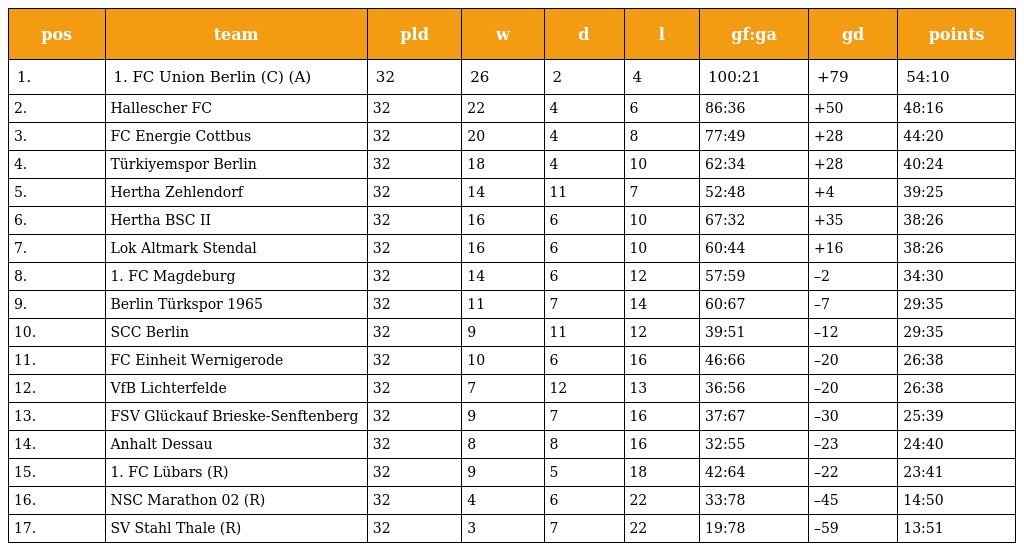
| pos | team | pld | w | d | l | gf:ga | gd | points |
 | --- | --- | --- | --- | --- | --- | --- | --- | --- |
 | 1. | 1. FC Union Berlin (C) (A) | 32 | 26 | 2 | 4 | 100:21 | +79 | 54:10 |
 | 2. | Hallescher FC | 32 | 22 | 4 | 6 | 86:36 | +50 | 48:16 |
 | 3. | FC Energie Cottbus | 32 | 20 | 4 | 8 | 77:49 | +28 | 44:20 |
 | 4. | Türkiyemspor Berlin | 32 | 18 | 4 | 10 | 62:34 | +28 | 40:24 |
 | 5. | Hertha Zehlendorf | 32 | 14 | 11 | 7 | 52:48 | +4 | 39:25 |
 | 6. | Hertha BSC II | 32 | 16 | 6 | 10 | 67:32 | +35 | 38:26 |
 | 7. | Lok Altmark Stendal | 32 | 16 | 6 | 10 | 60:44 | +16 | 38:26 |
 | 8. | 1. FC Magdeburg | 32 | 14 | 6 | 12 | 57:59 | –2 | 34:30 |
 | 9. | Berlin Türkspor 1965 | 32 | 11 | 7 | 14 | 60:67 | –7 | 29:35 |
 | 10. | SCC Berlin | 32 | 9 | 11 | 12 | 39:51 | –12 | 29:35 |
 | 11. | FC Einheit Wernigerode | 32 | 10 | 6 | 16 | 46:66 | –20 | 26:38 |
 | 12. | VfB Lichterfelde | 32 | 7 | 12 | 13 | 36:56 | –20 | 26:38 |
 | 13. | FSV Glückauf Brieske-Senftenberg | 32 | 9 | 7 | 16 | 37:67 | –30 | 25:39 |
 | 14. | Anhalt Dessau | 32 | 8 | 8 | 16 | 32:55 | –23 | 24:40 |
 | 15. | 1. FC Lübars (R) | 32 | 9 | 5 | 18 | 42:64 | –22 | 23:41 |
 | 16. | NSC Marathon 02 (R) | 32 | 4 | 6 | 22 | 33:78 | –45 | 14:50 |
 | 17. | SV Stahl Thale (R) | 32 | 3 | 7 | 22 | 19:78 | –59 | 13:51 |